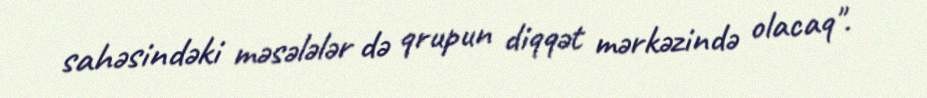
sahəsindəki məsələlər də qrupun diqqət mərkəzində olacaq".